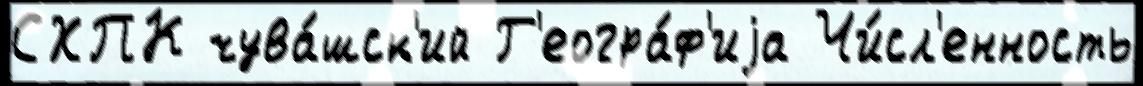
СХПК чува́шск'ий Г'еогра́ф'иjа Чи́сл'енность